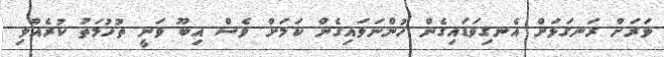
ވަރަށް ރަނގަޅަށް އެނގިވަޑައިގެން ހުންނަވައިގެން ކަމަށް ވެސް އިބޫ ވަނީ ތުހުމަތު ކުރެއްވި